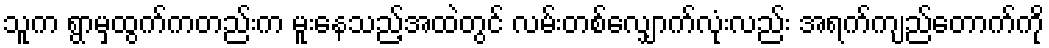
သူက ရွာမှထွက်ကတည်းက မူးနေသည့်အထဲတွင် လမ်းတစ်လျှောက်လုံးလည်း အရက်ကျည်တောက်ကို